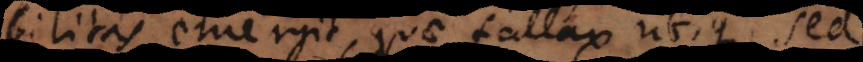
probabilitas emergit, quae fallax utique, sed